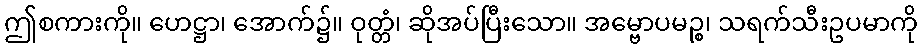
ဤစကားကို။ ဟေဋ္ဌာ၊ အောက်၌။ ဝုတ္တံ၊ ဆိုအပ်ပြီးသော။ အမ္ဗောပမဉ္စ၊ သရက်သီးဥပမာကို